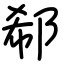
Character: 郗